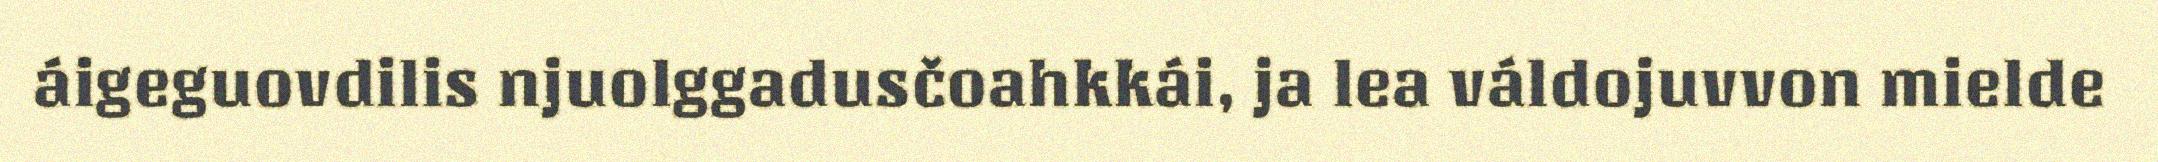
áigeguovdilis njuolggadusčoahkkái, ja lea váldojuvvon mielde